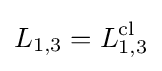
L_{1,3}=L_{1,3}^{\mathrm {cl} }